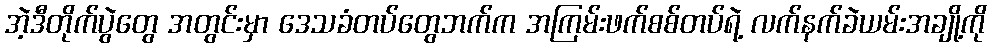
အဲ့ဒီတိုက်ပွဲတွေ အတွင်းမှာ ဒေသခံတပ်တွေဘက်က အကြမ်းဖက်စစ်တပ်ရဲ့ လက်နက်ခဲယမ်းအချို့ကို